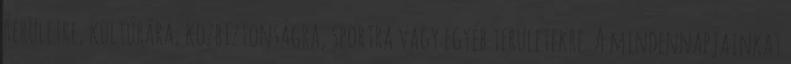
területre, kultúrára, közbiztonságra, sportra vagy egyéb területekre. A mindennapjainkat